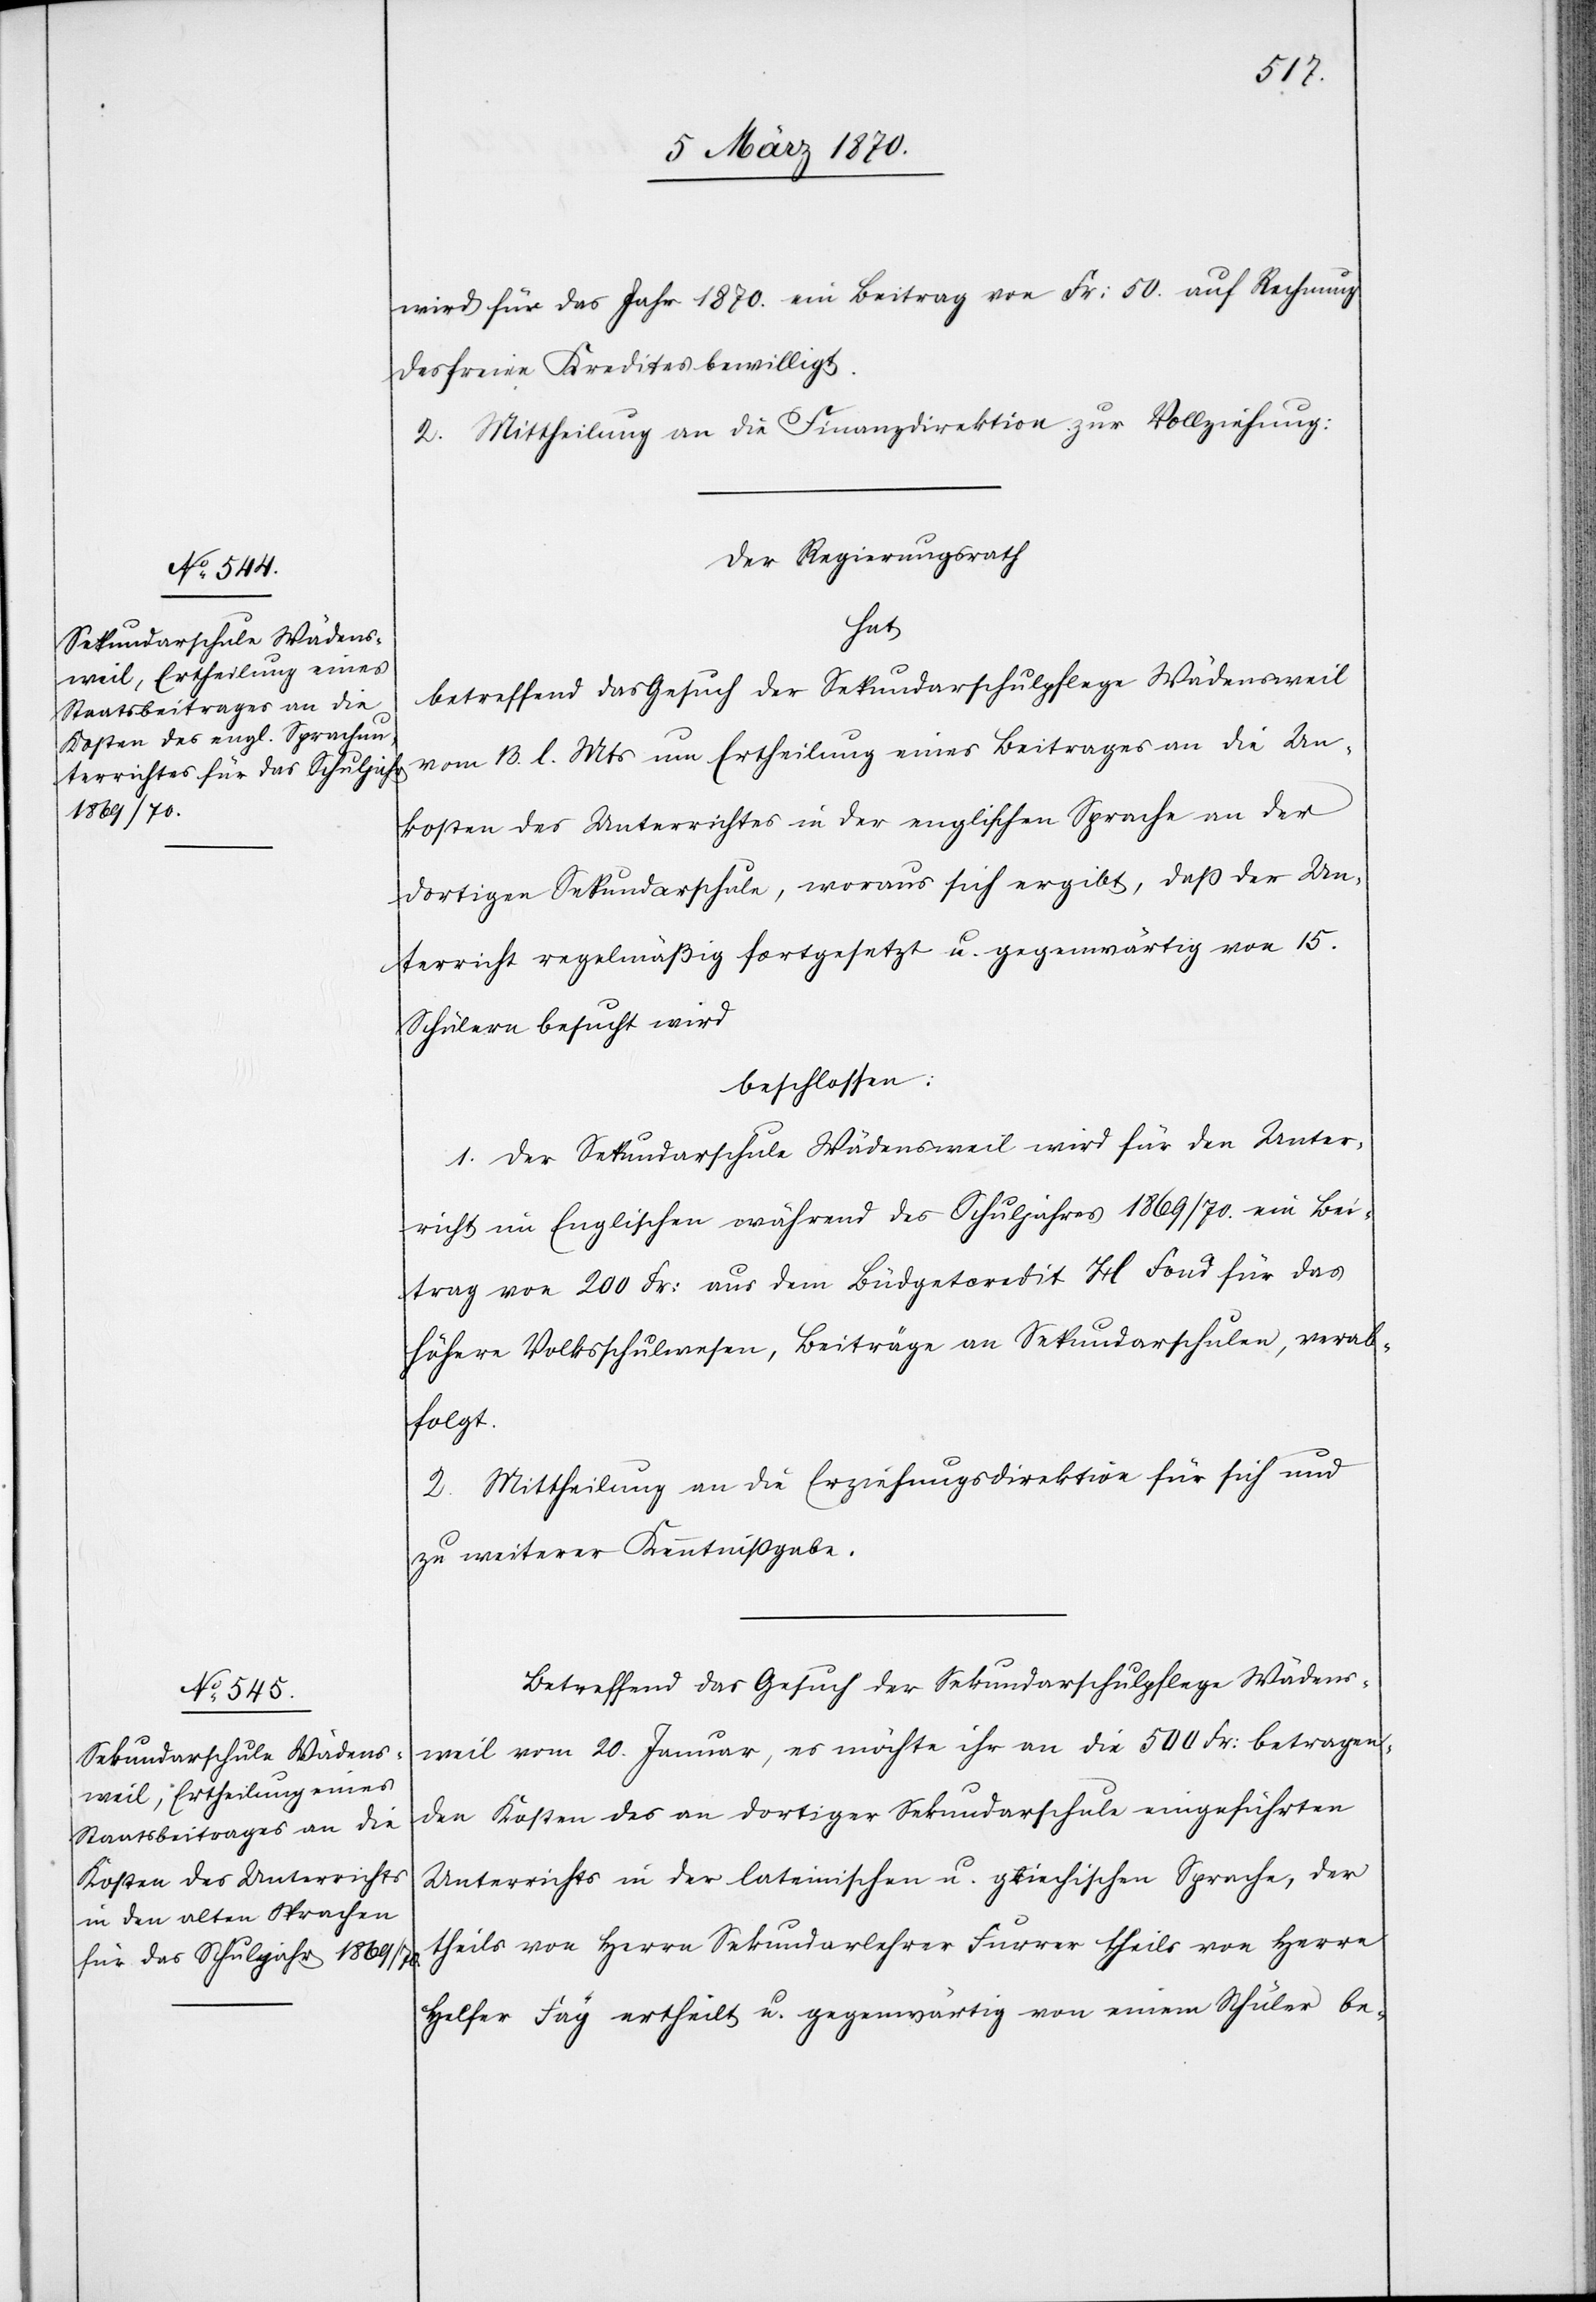
wird für das Jahr 1870. ein Beitrag von Fr: 50. auf Rechnung
des freien Kredites bewilligt.
2. Mittheilung an die Finanzdirektion zur Vollziehung.
Der Regierungsrath
hat
betreffend das Gesuch der Sekundarschulpflege Wädensweil
vom 13. l. Mts um Ertheilung eines Beitrages an die Un¬
kosten des Unterrichtes in der englischen Sprache an der
dortigen Sekundarschule, woraus sich ergibt, daß der Un¬
terricht regelmäßig fortgesetzt u. gegenwärtig von 15.
Schülern besucht wird
beschlossen:
1. Der Sekundarschule Wädensweil wird für den Unter¬
richt im Englischen während des Schuljahres 1869/70. ein Bei¬
trag von 200 Fr: aus dem Büdgetcredit [?H] Fond für das
höhere Volksschulwesen, Beiträge an Sekundarschulen, verab¬
folgt.
2. Mittheilung an die Erziehungsdirektion für sich und
zu weiterer Kenntnißgabe.
Betreffend das Gesuch der Sekundarschulpflege Wädens¬
weil vom 20. Januar, es möchte ihr an die 500 Fr: betragen¬
den Kosten des an dortiger Sekundarschule eingeführten
Unterrichts in der lateinischen u. griechischen Sprache, der
theils von Herrn Sekundarlehrer Furrer theils von °Herrn
Helfer Fäg ertheilt u. gegenwärtig von einem Schüler be-